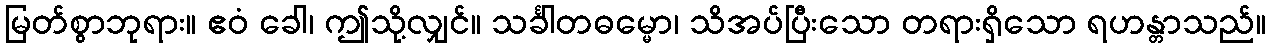
မြတ်စွာဘုရား။ ဧဝံ ခေါ၊ ဤသို့လျှင်။ သင်္ခါတဓမ္မော၊ သိအပ်ပြီးသော တရားရှိသော ရဟန္တာသည်။